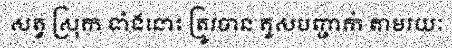
សត្វ ស្រុក ទាំងនោះ ត្រូវបាន គូសបញ្ជាក់ តាមរយៈ